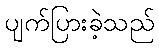
ပျက်ပြားခဲ့သည်